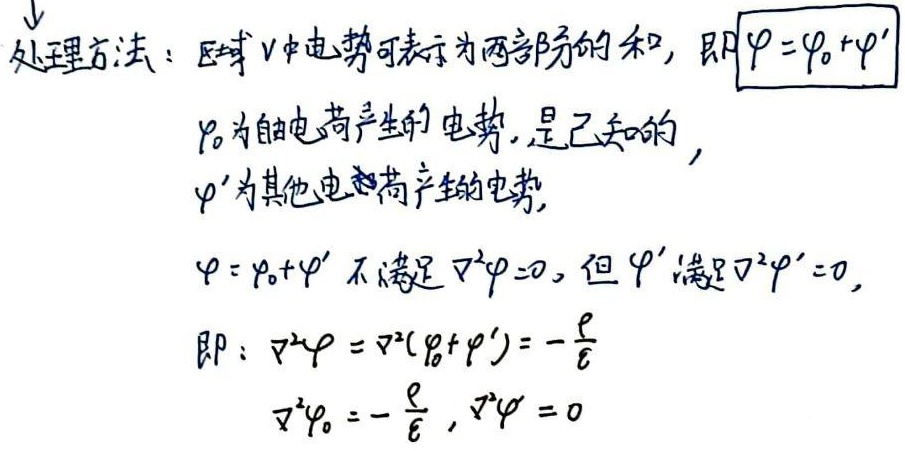
处理方法：区域\(V\)中电势可表示为两部分的和，即\(\varphi = \varphi_{0} + \varphi^{\prime}\)。\(\varphi_{0}\)为自由电荷产生的电势，是已知的，\(\varphi^{\prime}\)为其他电荷产生的电势。\(\varphi = \varphi_{0} + \varphi^{\prime}\)不满足\(\nabla^{2}\varphi = 0\)，但\(\varphi^{\prime}\)满足\(\nabla^{2}\varphi^{\prime} = 0\)，即：
\(\begin{align*}
\nabla^{2}\varphi &=\nabla^{2}(\varphi_{0}+\varphi^{\prime}) = -\frac{\rho}{\varepsilon}\\
\nabla^{2}\varphi_{0} &= -\frac{\rho}{\varepsilon}\\
\nabla^{2}\varphi^{\prime} &= 0
\end{align*}\)